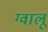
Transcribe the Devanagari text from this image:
ग्वालू